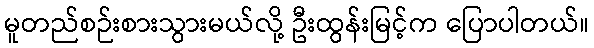
မူတည်စဉ်းစားသွားမယ်လို့ ဦးထွန်းမြင့်က ပြောပါတယ်။